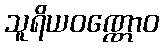
သူရိယဝဏ္ဏောဝ